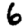
Digit: 6